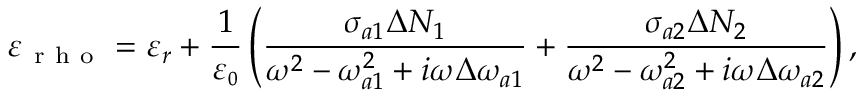
\varepsilon _ { \mathrm { ~ r ~ h ~ o ~ } } = \varepsilon _ { r } + \frac { 1 } { \varepsilon _ { \scriptscriptstyle 0 } } \left( \frac { \sigma _ { a 1 } \Delta N _ { 1 } } { \omega ^ { 2 } - \omega _ { a 1 } ^ { 2 } + i \omega \Delta \omega _ { a 1 } } + \frac { \sigma _ { a 2 } \Delta N _ { 2 } } { \omega ^ { 2 } - \omega _ { a 2 } ^ { 2 } + i \omega \Delta \omega _ { a 2 } } \right) ,